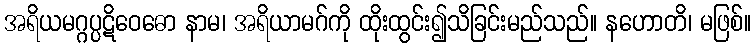
အရိယမဂ္ဂပ္ပဋိဝေဓော နာမ၊ အရိယာမဂ်ကို ထိုးထွင်း၍သိခြင်းမည်သည်။ နဟောတိ၊ မဖြစ်။